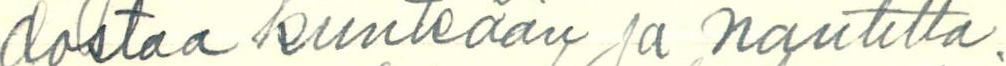
dostaa kiinteään ja nautitta.